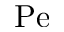
\mathrm { P e }